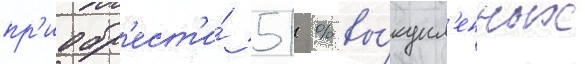
пр'иобр'ест'и́ 51 % вы́купл'енных